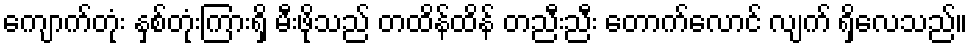
ကျောက်တုံး နှစ်တုံးကြားရှိ မီးဖိုသည် တထိန်ထိန် တညီးညီး တောက်လောင် လျက် ရှိလေသည်။